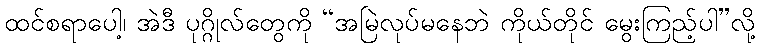
ထင်စရာပေါ့၊ အဲဒီ ပုဂ္ဂိုလ်တွေကို “အမြဲလုပ်မနေဘဲ ကိုယ်တိုင် မွေးကြည့်ပါ”လို့